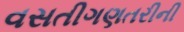
વસતીગણતરીની